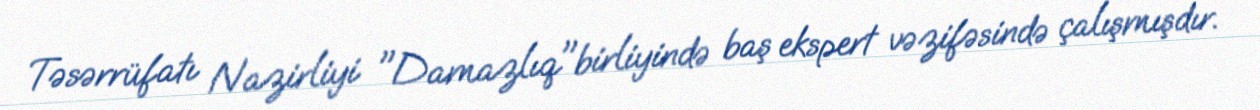
Təsərrüfatı Nazirliyi "Damazlıq"birliyində baş ekspert vəzifəsində çalışmışdır.